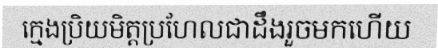
ក្មេងប្រិយមិត្តប្រហែលជាដឹងរួចមកហើយ